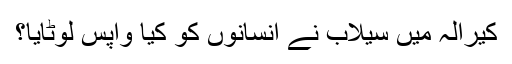
کیرالہ میں سیلاب نے انسانوں کو کیا واپس لوٹایا؟